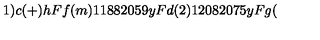
1 ) c ( + ) h F f ( m ) 1 1 8 8 2 0 5 9 y F d ( 2 ) 1 2 0 8 2 0 7 5 y F g (